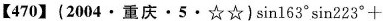
【470】(2004 \cdot 重庆 \cdot 5 \cdot ☆☆)$$\sin 1 6 3 ° \sin 2 2 3 ° 十